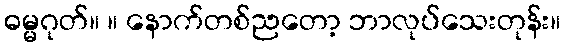
ဓမ္မဂုတ်။ ။ နောက်တစ်ညတော့ ဘာလုပ်သေးတုန်း။